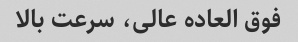
فوق العاده عالی، سرعت بالا